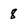
Character: 8